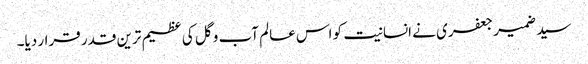
سید ضمیر جعفری نے انسانیت کو اس عالم آب و گل کی عظیم ترین قدر قرار دیا۔